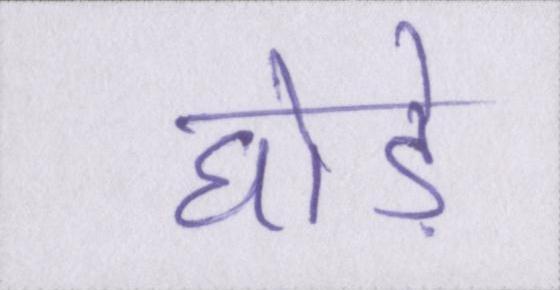
घोड़े